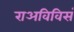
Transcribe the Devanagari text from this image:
राअविविसं